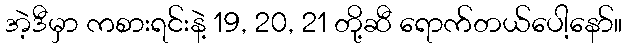
အဲ့ဒီမှာ ကစားရင်းနဲ့ 19, 20, 21 တို့ဆီ ရောက်တယ်ပေါ့နော်။